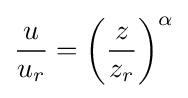
{\frac {u}{u_{r}}}={\bigg (}{\frac {z}{z_{r}}}{\bigg )}^{\alpha }